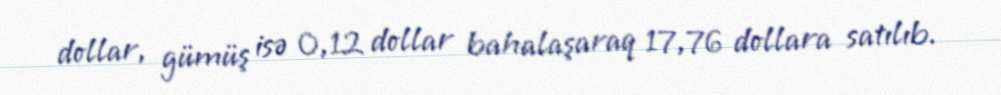
dollar, gümüş isə 0,12 dollar bahalaşaraq 17,76 dollara satılıb.